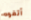
أتفوه